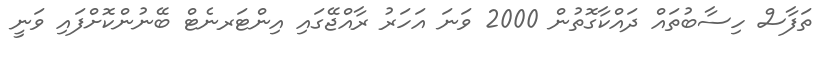
ތަފާސް ހިސާބުތައް ދައްކާގޮތުން 2000 ވަނަ އަހަރު ރާއްޖޭގައި އިންޓަރނެޓް ބޭނުންކޮށްފައި ވަނީ